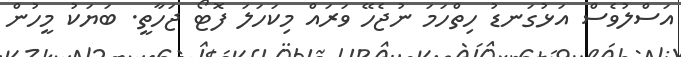
އަސްލުވެސް އަޅުގަނޑު ހިތްހަމަ ނުޖެހޭ ވަރައް މިކަހަލަ ފޮޓޯ ޖަހާތީ. ބަޔަކު މީހުން